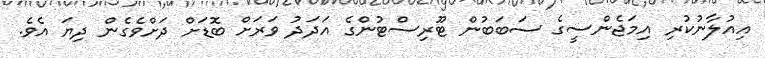
އިއުލާނުކުރި އިމަޖެންސީގެ ސަބަބުން ޓޫރިސްޓުންގެ އަދަދު ވަރަށް ބޮޑަށް ދަށްވެގެން ދިޔަ އެވެ.